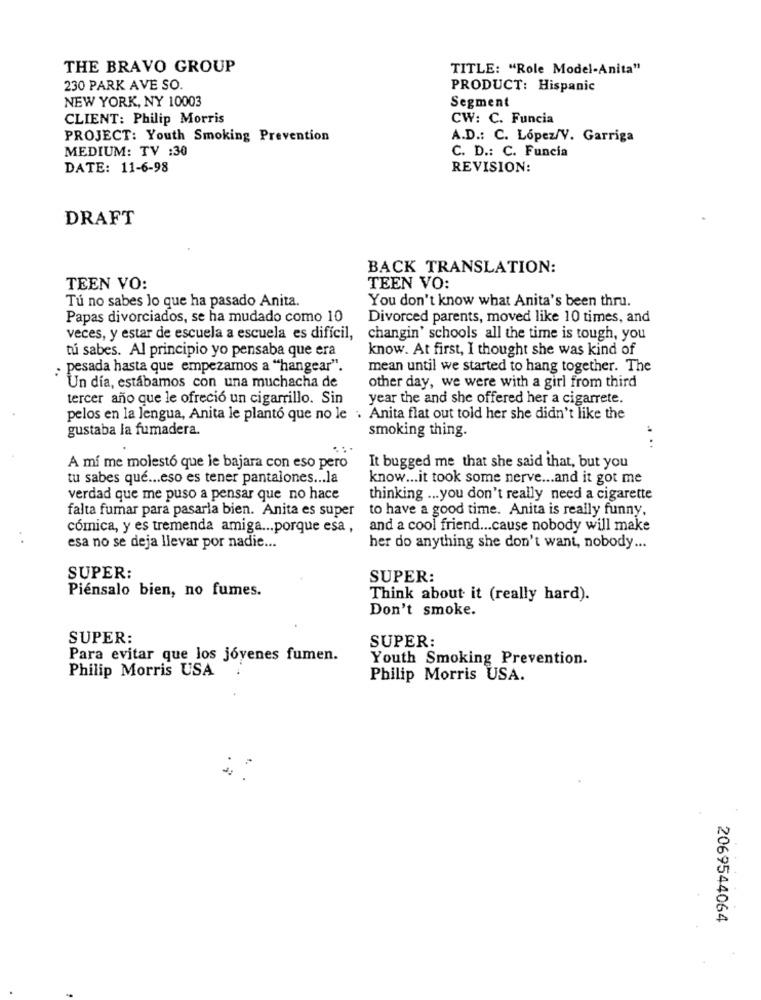
THE BRAVO GROUP
TITLE: "Role Model-Anita"
230 PARK AVE SO.
PRODUCT: Hispanic
NEW YORK, NY 10003
Segment
CLIENT: Philip Morris
CW: C. Funcia
PROJECT: Youth Smoking Prevention
A.D .: C. López/V. Garriga
MEDIUM: TV :30
C. D .: C. Funcia
DATE: 11-6-98
REVISION:
DRAFT
BACK TRANSLATION:
TEEN VO:
TEEN VO:
Tú no sabes lo que ha pasado Anita.
You don't know what Anita's been thru.
Papas divorciados, se ha mudado como 10
Divorced parents, moved like 10 times, and
veces, y estar de escuela a escuela es difícil,
changin' schools all the time is tough, you
tú sabes. Al principio yo pensaba que era
know. At first, I thought she was kind of
· pesada hasta que empezamos a "hangear".
mean until we started to hang together. The
Un día, estábamos con una muchacha de
other day, we were with a girl from third
tercer año que le ofreció un cigarrillo. Sin
year the and she offered her a cigarrete.
pelos en la lengua, Anita le planto que no le . Anita flat out told her she didn't like the
gustaba la fumadera.
smoking thing.
....
A mí me molestó que le bajara con eso pero
It bugged me that she said that, but you
tu sabes qué ... eso es tener pantalones ... la
know ... it took some nerve ... and it got me
verdad que me puso a pensar que no hace
thinking ... you don't really need a cigarette
falta fumar para pasarla bien. Anita es super
to have a good time. Anita is really funny.
cómica, y es tremenda amiga ... porque esa ,
and a cool friend ... cause nobody will make
esa no se deja llevar por nadie ...
her do anything she don't want, nobody ...
SUPER:
SUPER:
Piénsalo bien, no fumes.
Think about it (really hard).
Don't smoke.
SUPER:
SUPER:
Para evitar que los jóvenes fumen.
Youth Smoking Prevention.
Philip Morris USA
Philip Morris USA.
2069544064